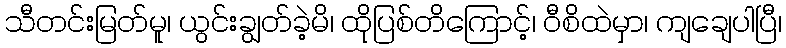
သီတင်းမြတ်မူ၊ ယွင်းချွတ်ခဲ့မိ၊ ထိုပြစ်တိကြောင့်၊ ဝီစိထဲမှာ၊ ကျချေပါပြီ၊